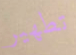
تطهير